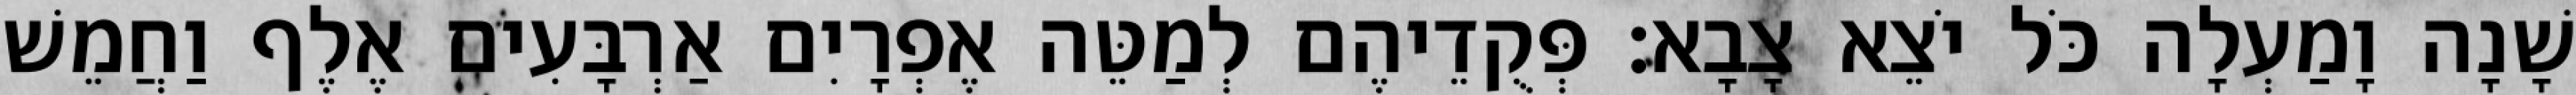
שָׁנָה וָמַעְלָה כֹּל יֹצֵא צָבָא׃ פְּקֻדֵיהֶם לְמַטֵּה אֶפְרָיִם אַרְבָּעִים אֶלֶף וַחֲמֵשׁ